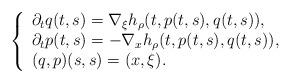
LaTeX: \begin{align*}\left\{\begin{array}{l}\partial_t q(t,s)=\nabla_{\xi} h_\rho(t,p(t,s),q(t,s)), \\\partial_t p(t,s)=-\nabla_x h_\rho(t,p(t,s),q(t,s)), \\(q,p)(s,s)=(x,\xi).\end{array}\right. \end{align*}